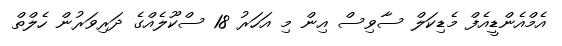
އެމްއެންޑީއެފް މެޑިކަލް ސާވިސް އިން މި އަހަރު 18 ސްކޫލެއްގެ ދަރިވަރުން ހެލްތް